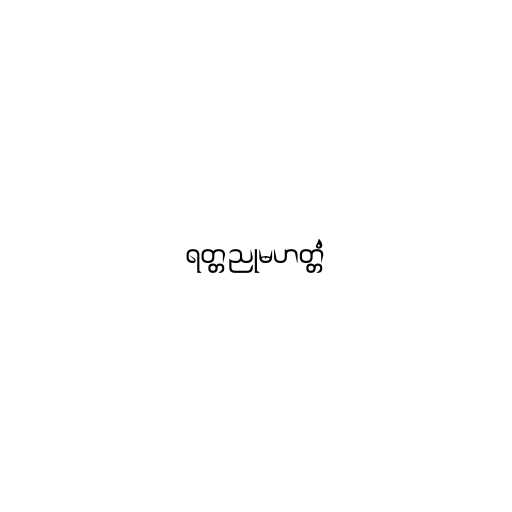
ရတ္တညုမဟတ္တံ